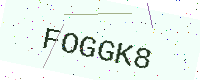
Text: FOGGK8